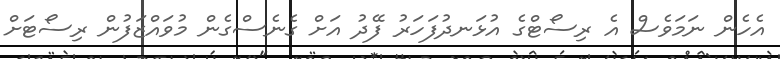
އެހެން ނަމަވެސް އެ ރިސޯޓްގެ އުޅަނދުފަހަރު ފޭދު އަށް ގެނެސްގެން މުވައްޒަފުން ރިސޯޓަށް